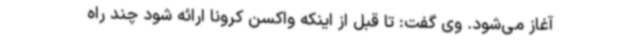
آغاز می‌شود. وی گفت: تا قبل از اینکه واکسن کرونا ارائه شود چند راه